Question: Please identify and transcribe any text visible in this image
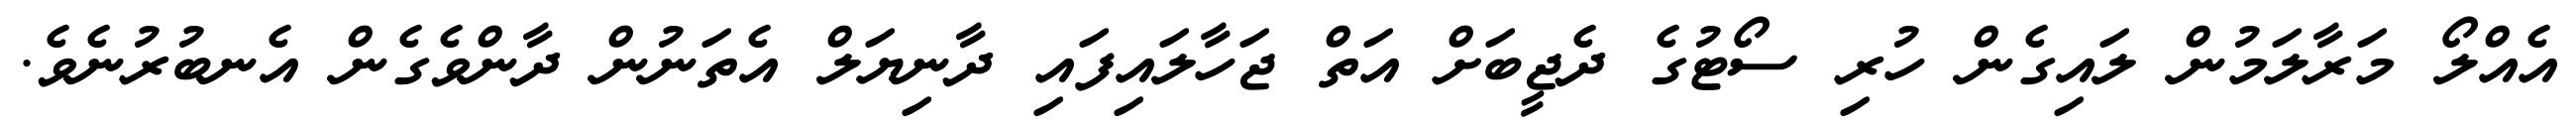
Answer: އެއްލޯ މަރާލަމުން ލައިގެން ހުރި ސޯޓުގެ ދެޖީބަށް އަތް ޖަހާލައިފައި ދާނިޔަލް އެތަނުން ދާންވެގެން އެނބުރުނެވެ.